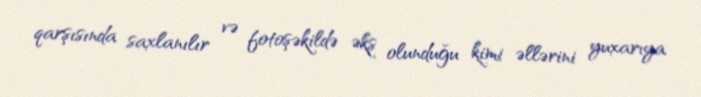
qarşısında saxlanılır və fotoşəkildə əks olunduğu kimi əllərini yuxarıya